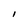
Character: l